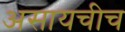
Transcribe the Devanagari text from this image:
असायचीच